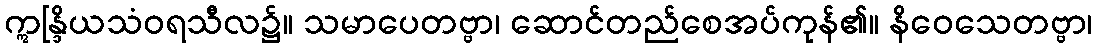
ဣန္ဒြိယသံဝရသီလ၌။ သမာပေတဗ္ဗာ၊ ဆောင်တည်စေအပ်ကုန်၏။ နိဝေသေတဗ္ဗာ၊